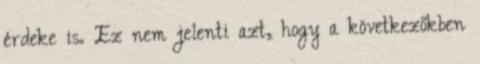
érdeke is. Ez nem jelenti azt, hogy a következőkben